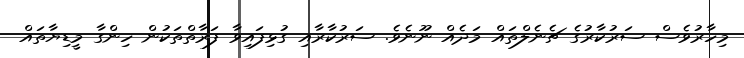
މިހާރުވެސް ސަރުކާރުގެ ޗެނެލްތައް މަދެއް ނޫނެވެ. ސަރުކާރާއި ގުޅިފައިވާ ފަރާތްތަކުން ހިންގާ މީޑިޔާތައް